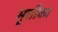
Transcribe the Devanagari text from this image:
मृत्तीका